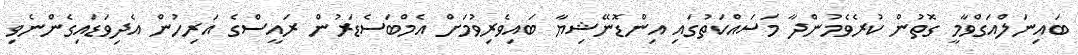
ބައިނަލްއަގްވާމީ ގޮތުން ކުރެވެމުންދާ މަސައްކަތުގައި އިންޑޮނޭޝިޔާ ބައިވެރިވުމަށް އެމްބަސެޑަރުން ރައީސްގެ އަރިހުން އެދިވަޑައިގެންނެވި